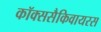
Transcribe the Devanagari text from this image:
कॉक्ससैकिवायरस